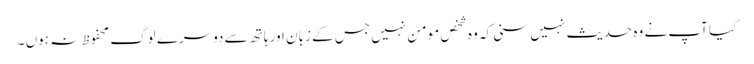
کیا آپ نے وہ حدیث نہیں سنی کہ وہ شخص مومن نہیں جس کے زبان اور ہاتھ سے دوسرے لوگ محفوظ نہ ہوں ۔